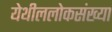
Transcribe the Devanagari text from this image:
येथीललोकसंख्या